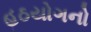
હઠયોગનો